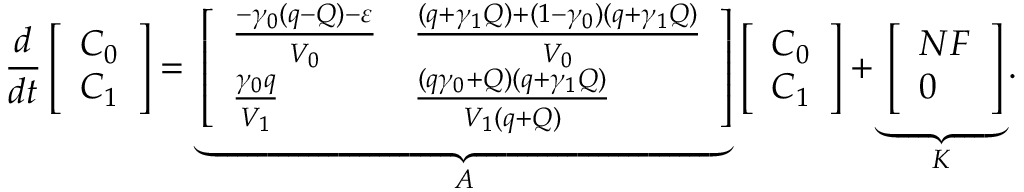
\frac { d } { d t } \left[ \begin{array} { l } { C _ { 0 } } \\ { C _ { 1 } } \end{array} \right] = \underbrace { \left[ \begin{array} { l l } { \frac { - \gamma _ { 0 } ( q - Q ) - \varepsilon } { V _ { 0 } } } & { \frac { ( q + \gamma _ { 1 } Q ) + ( 1 - \gamma _ { 0 } ) ( q + \gamma _ { 1 } Q ) } { V _ { 0 } } } \\ { \frac { \gamma _ { 0 } q } { V _ { 1 } } } & { \frac { ( q \gamma _ { 0 } + Q ) ( q + \gamma _ { 1 } Q ) } { V _ { 1 } ( q + Q ) } } \end{array} \right] } _ { A } \left[ \begin{array} { l } { C _ { 0 } } \\ { C _ { 1 } } \end{array} \right] + \underbrace { \left[ \begin{array} { l } { N F } \\ { 0 } \end{array} \right] } _ { K } .